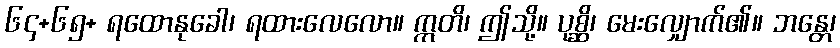
၆၄+၆၅+ ရထောနုခေါ၊ ရထားလေလော။ ဣတိ၊ ဤသို့။ ပုစ္ဆိ၊ မေးလျှောက်၏။ ဘန္တေ၊